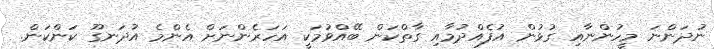
ނުދަންނަ މީހުންނާއި ގުޅުން އުފެއްދުމާއި ގާތްކަން ބޭއްވުމަކީ އަހަރެންނަށް އެންމެ އުދަނގޫ ކަންކަން.